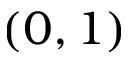
( 0 , 1 )